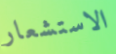
الاستشعار